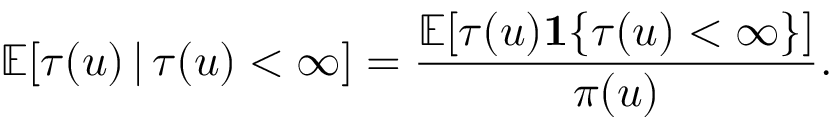
\mathbb { E } [ \tau ( u ) \, | \, \tau ( u ) < \infty ] = \frac { \mathbb { E } [ \tau ( u ) \mathbf { 1 } \{ \tau ( u ) < \infty \} ] } { \pi ( u ) } .